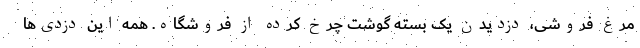
مرغ فروشی، دزدیدن یک بسته گوشت چرخ کرده از فروشگاه. همه این دزدی‌ها